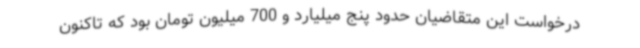
درخواست این متقاضیان حدود پنج میلیارد و 700 میلیون تومان بود که تاکنون